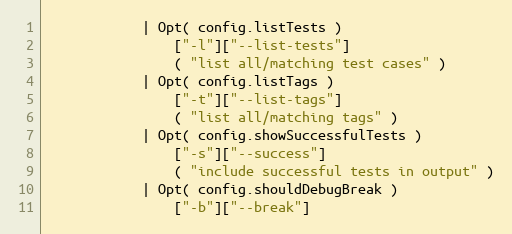
Language: C++
            | Opt( config.listTests )
                ["-l"]["--list-tests"]
                ( "list all/matching test cases" )
            | Opt( config.listTags )
                ["-t"]["--list-tags"]
                ( "list all/matching tags" )
            | Opt( config.showSuccessfulTests )
                ["-s"]["--success"]
                ( "include successful tests in output" )
            | Opt( config.shouldDebugBreak )
                ["-b"]["--break"]